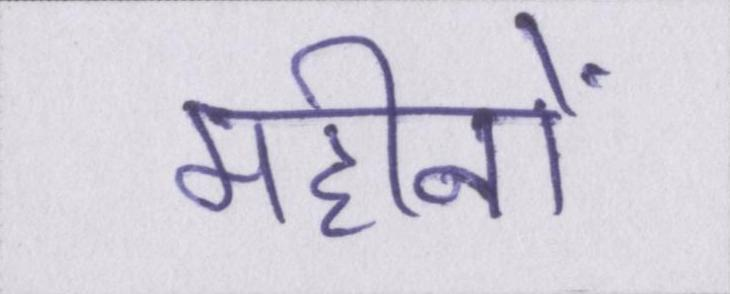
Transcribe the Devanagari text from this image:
महीनों